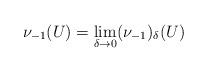
LaTeX: \begin{align*}\nu_{-1}(U)= \lim_{\delta\rightarrow 0} (\nu_{-1})_{\delta}(U) \end{align*}